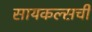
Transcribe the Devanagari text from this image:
सायकल्सची